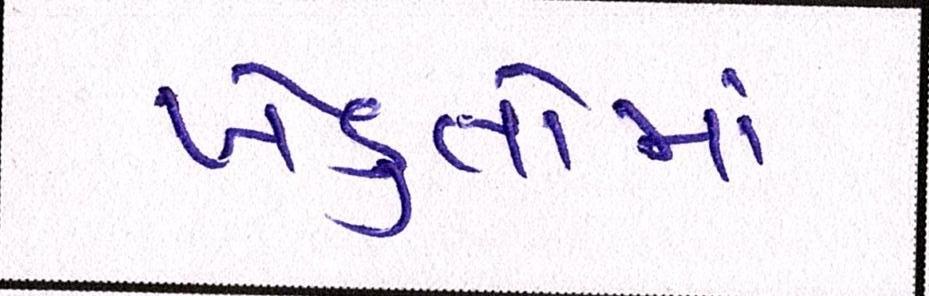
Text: ખેડુતોમાં